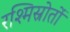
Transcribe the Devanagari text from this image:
रश्मिस्रोतों